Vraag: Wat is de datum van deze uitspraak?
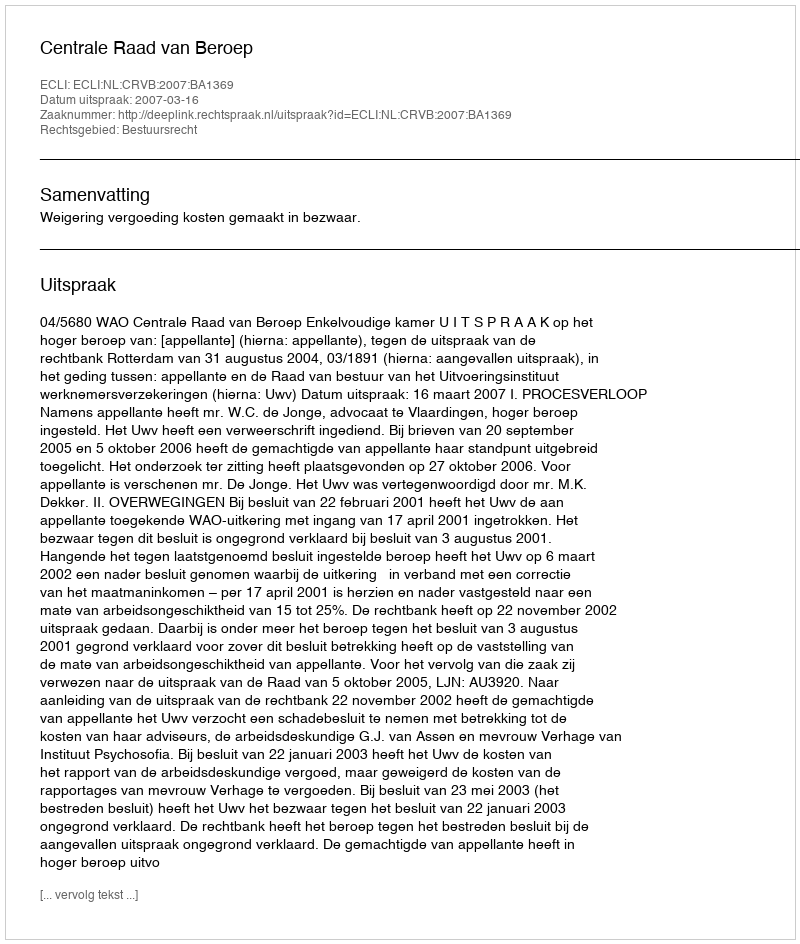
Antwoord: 2007-03-16